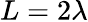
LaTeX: L=2\lambda